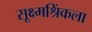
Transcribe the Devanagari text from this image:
सूक्ष्मश्रिंकला